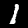
Digit: 1